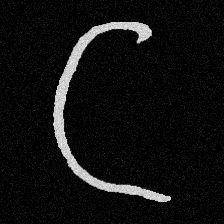
Pyu character \u2014 Myanmar letter: ဋ (romanized: tta)